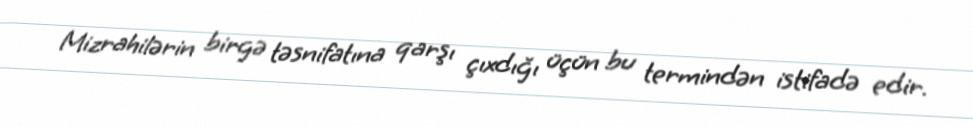
Mizrahilərin birgə təsnifatına qarşı çıxdığı üçün bu termindən istifadə edir.